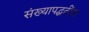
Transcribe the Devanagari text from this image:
संख्यापद्धतींचा